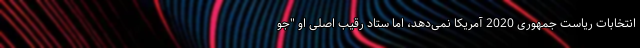
انتخابات ریاست جمهوری 2020 آمریکا نمی‌دهد، اما ستاد رقیب اصلی او "جو